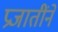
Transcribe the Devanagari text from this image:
प्रजातींने